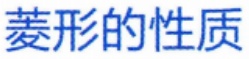
菱形的性质